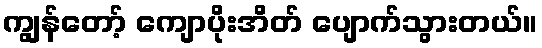
ကျွန်တော့် ကျောပိုးအိတ် ပျောက်သွားတယ်။